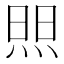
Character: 𬊘